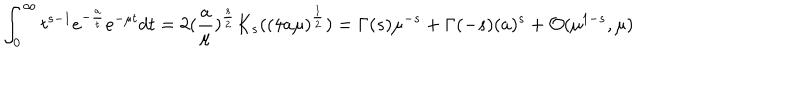
\int _ { 0 } ^ { \infty } t ^ { s - 1 } e ^ { - { \frac { a } { t } } } e ^ { - \mu t } d t = 2 ( { \frac { a } { \mu } } ) ^ { \frac { s } { 2 } } K _ { s } ( ( 4 a \mu ) ^ { \frac { 1 } { 2 } } ) = \Gamma ( s ) \mu ^ { - s } + \Gamma ( - s ) ( { a } ) ^ { s } + { \cal O } ( \mu ^ { 1 - s } , \mu )